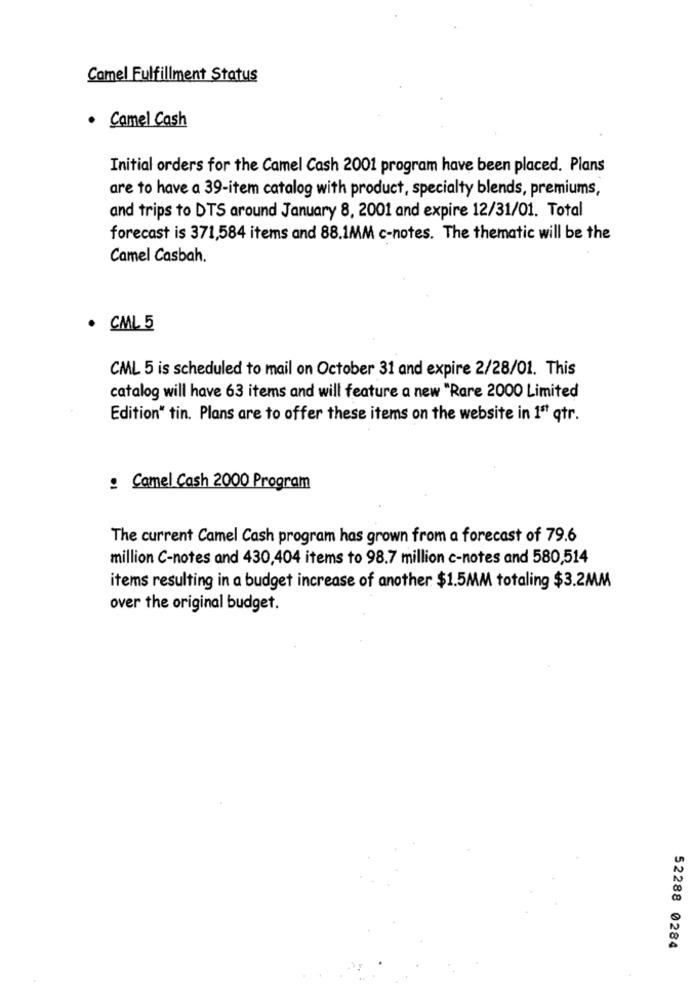
Camel Fulfillment Status
· Camel Cash
Initial orders for the Camel Cash 2001 program have been placed. Plans
are to have a 39-item catalog with product, specialty blends, premiums,
and trips to DTS around January 8, 2001 and expire 12/31/01. Total
forecast is 371,584 items and 88.1MM c-notes. The thematic will be the
Camel Casbah.
. CML 5
CML 5 is scheduled to mail on October 31 and expire 2/28/01. This
catalog will have 63 items and will feature a new "Rare 2000 Limited
Edition" tin. Plans are to offer these items on the website in 1ªt qtr.
: Camel Cash 2000 Program
The current Camel Cash program has grown from a forecast of 79.6
million C-notes and 430,404 items to 98.7 million c-notes and 580,514
items resulting in a budget increase of another $1.5MM totaling $3.2MM
over the original budget.
52288 0284